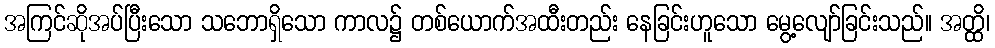
အကြင်ဆိုအပ်ပြီးသော သဘောရှိသော ကာလ၌ တစ်ယောက်အထီးတည်း နေခြင်းဟူသော မွေ့လျော်ခြင်းသည်။ အတ္ထိ၊